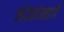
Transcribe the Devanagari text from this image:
संज्ञांमागे